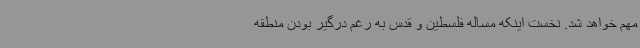
مهم خواهد شد. نخست اینکه مساله فلسطین و قدس به رغم درگیر بودن منطقه